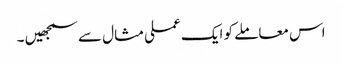
اس معاملے کو ایک عملی مثال سے سمجھیں ۔